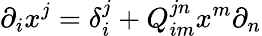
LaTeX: \partial_{i}x^{j}=\delta_{i}^{j}+Q_{im}^{jn}x^{m}\partial_{n}